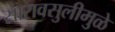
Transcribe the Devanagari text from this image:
सारावसुलीमुळे